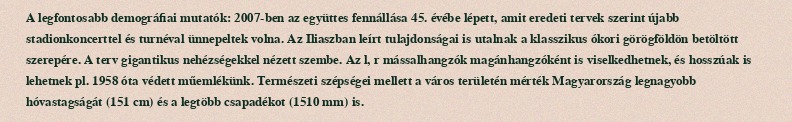
A legfontosabb demográfiai mutatók: 2007-ben az együttes fennállása 45. évébe lépett, amit eredeti tervek szerint újabb stadionkoncerttel és turnéval ünnepeltek volna. Az Iliaszban leírt tulajdonságai is utalnak a klasszikus ókori görögföldön betöltött szerepére. A terv gigantikus nehézségekkel nézett szembe. Az l, r mássalhangzók magánhangzóként is viselkedhetnek, és hosszúak is lehetnek pl. 1958 óta védett műemlékünk. Természeti szépségei mellett a város területén mérték Magyarország legnagyobb hóvastagságát (151 cm) és a legtöbb csapadékot (1510 mm) is.